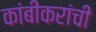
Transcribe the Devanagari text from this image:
कांबीकरांची